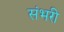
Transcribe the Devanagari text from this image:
संभरी